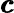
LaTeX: \pmb{c}